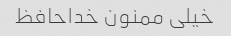
خیلی ممنون خداحافظ